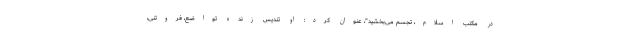
در مکتب اسلام، تجسم می‌بخشید"، عنوان کرد: او تندیس زنده تواضع، فروتنی،